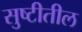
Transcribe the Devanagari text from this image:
सुष्टीतील